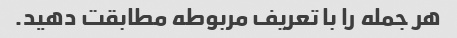
هر جمله را با تعریف مربوطه مطابقت دهید.